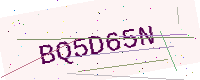
Text: BQ5D65N